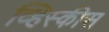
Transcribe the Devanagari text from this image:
व्हिस्कीस